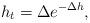
LaTeX: \begin{align*}h_{t}=\Delta e^{-\Delta h},\end{align*}